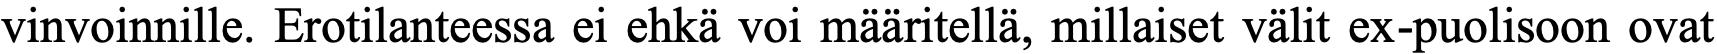
vinvoinnille. Erotilanteessa ei ehkä voi määritellä, millaiset välit ex-puolisoon ovat